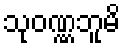
သုဝဏ္ဏဘူမိ